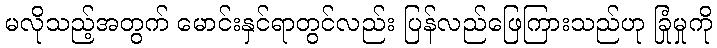
မလိုသည့်အတွက် မောင်းနှင်ရာတွင်လည်း ပြန်လည်ဖြေကြားသည်ဟု ခြုံမှုကို